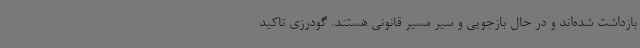
بازداشت شده‌اند و در حال بازجویی و سیر مسیر قانونی هستند. گودرزی تاکید